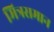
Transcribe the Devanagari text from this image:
मित्रसमान